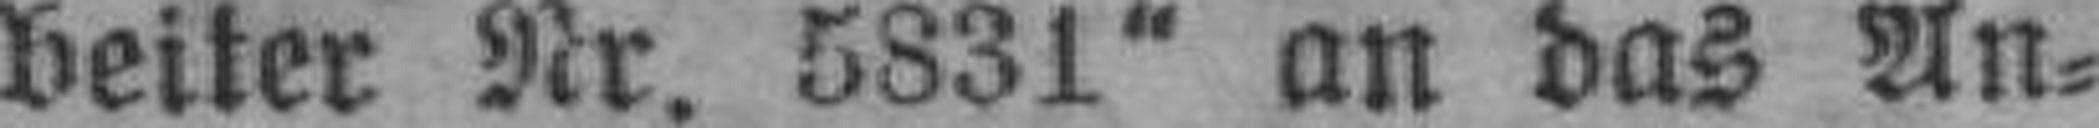
beiter Nr. 5831“ an das An¬